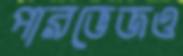
পারভেজও